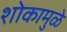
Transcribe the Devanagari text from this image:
शोकामुळे